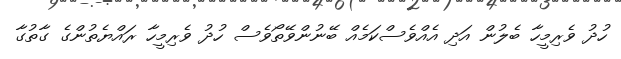
ހުދު ވެރިމީހާ ބެލުން އަދި އެއްވެސްކަމެއް ބޭނުންވޭތޯވެސް ހުދު ވެރިމީހާ ރައްޔެތުންގެ ގާތުގާ